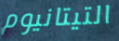
التيتانيوم